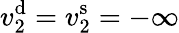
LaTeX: v_{2}^{\mathrm{d}}=v_{2}^{\mathrm{s}}=-\infty